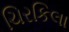
ચિરકિલા